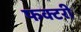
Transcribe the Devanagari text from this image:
फक्टरी